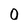
Character: 0